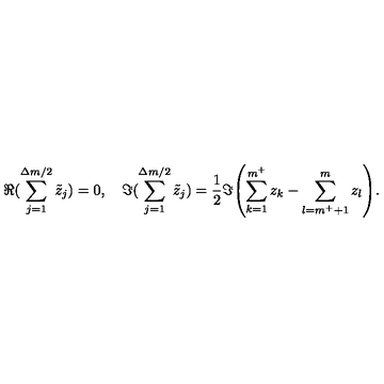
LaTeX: \Re { ( \sum _ { j = 1 } ^ { \Delta m / 2 } \tilde { z } _ { j } ) } = 0 , \quad \Im { ( \sum _ { j = 1 } ^ { \Delta m / 2 } \tilde { z } _ { j } ) } = \frac { 1 } { 2 } \Im { \left( \sum _ { k = 1 } ^ { m ^ { + } } z _ { k } - \sum _ { l = m ^ { + } + 1 } ^ { m } z _ { l } \right) } .